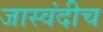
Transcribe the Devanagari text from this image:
जास्वंदीच